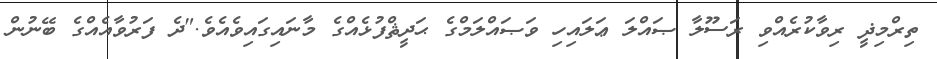
ތިރްމިޛީ ރިވާކުރެއްވި ރަސޫލާ ޞައްލަ ޢަލައިހި ވަޞައްލަމްގެ ޙަދީޘްފުޅެއްގެ މާނައިގައިވެއެވެ."ދެ ފަރުވާއެއްގެ ބޭނުން